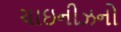
ચાઇનીઝનો